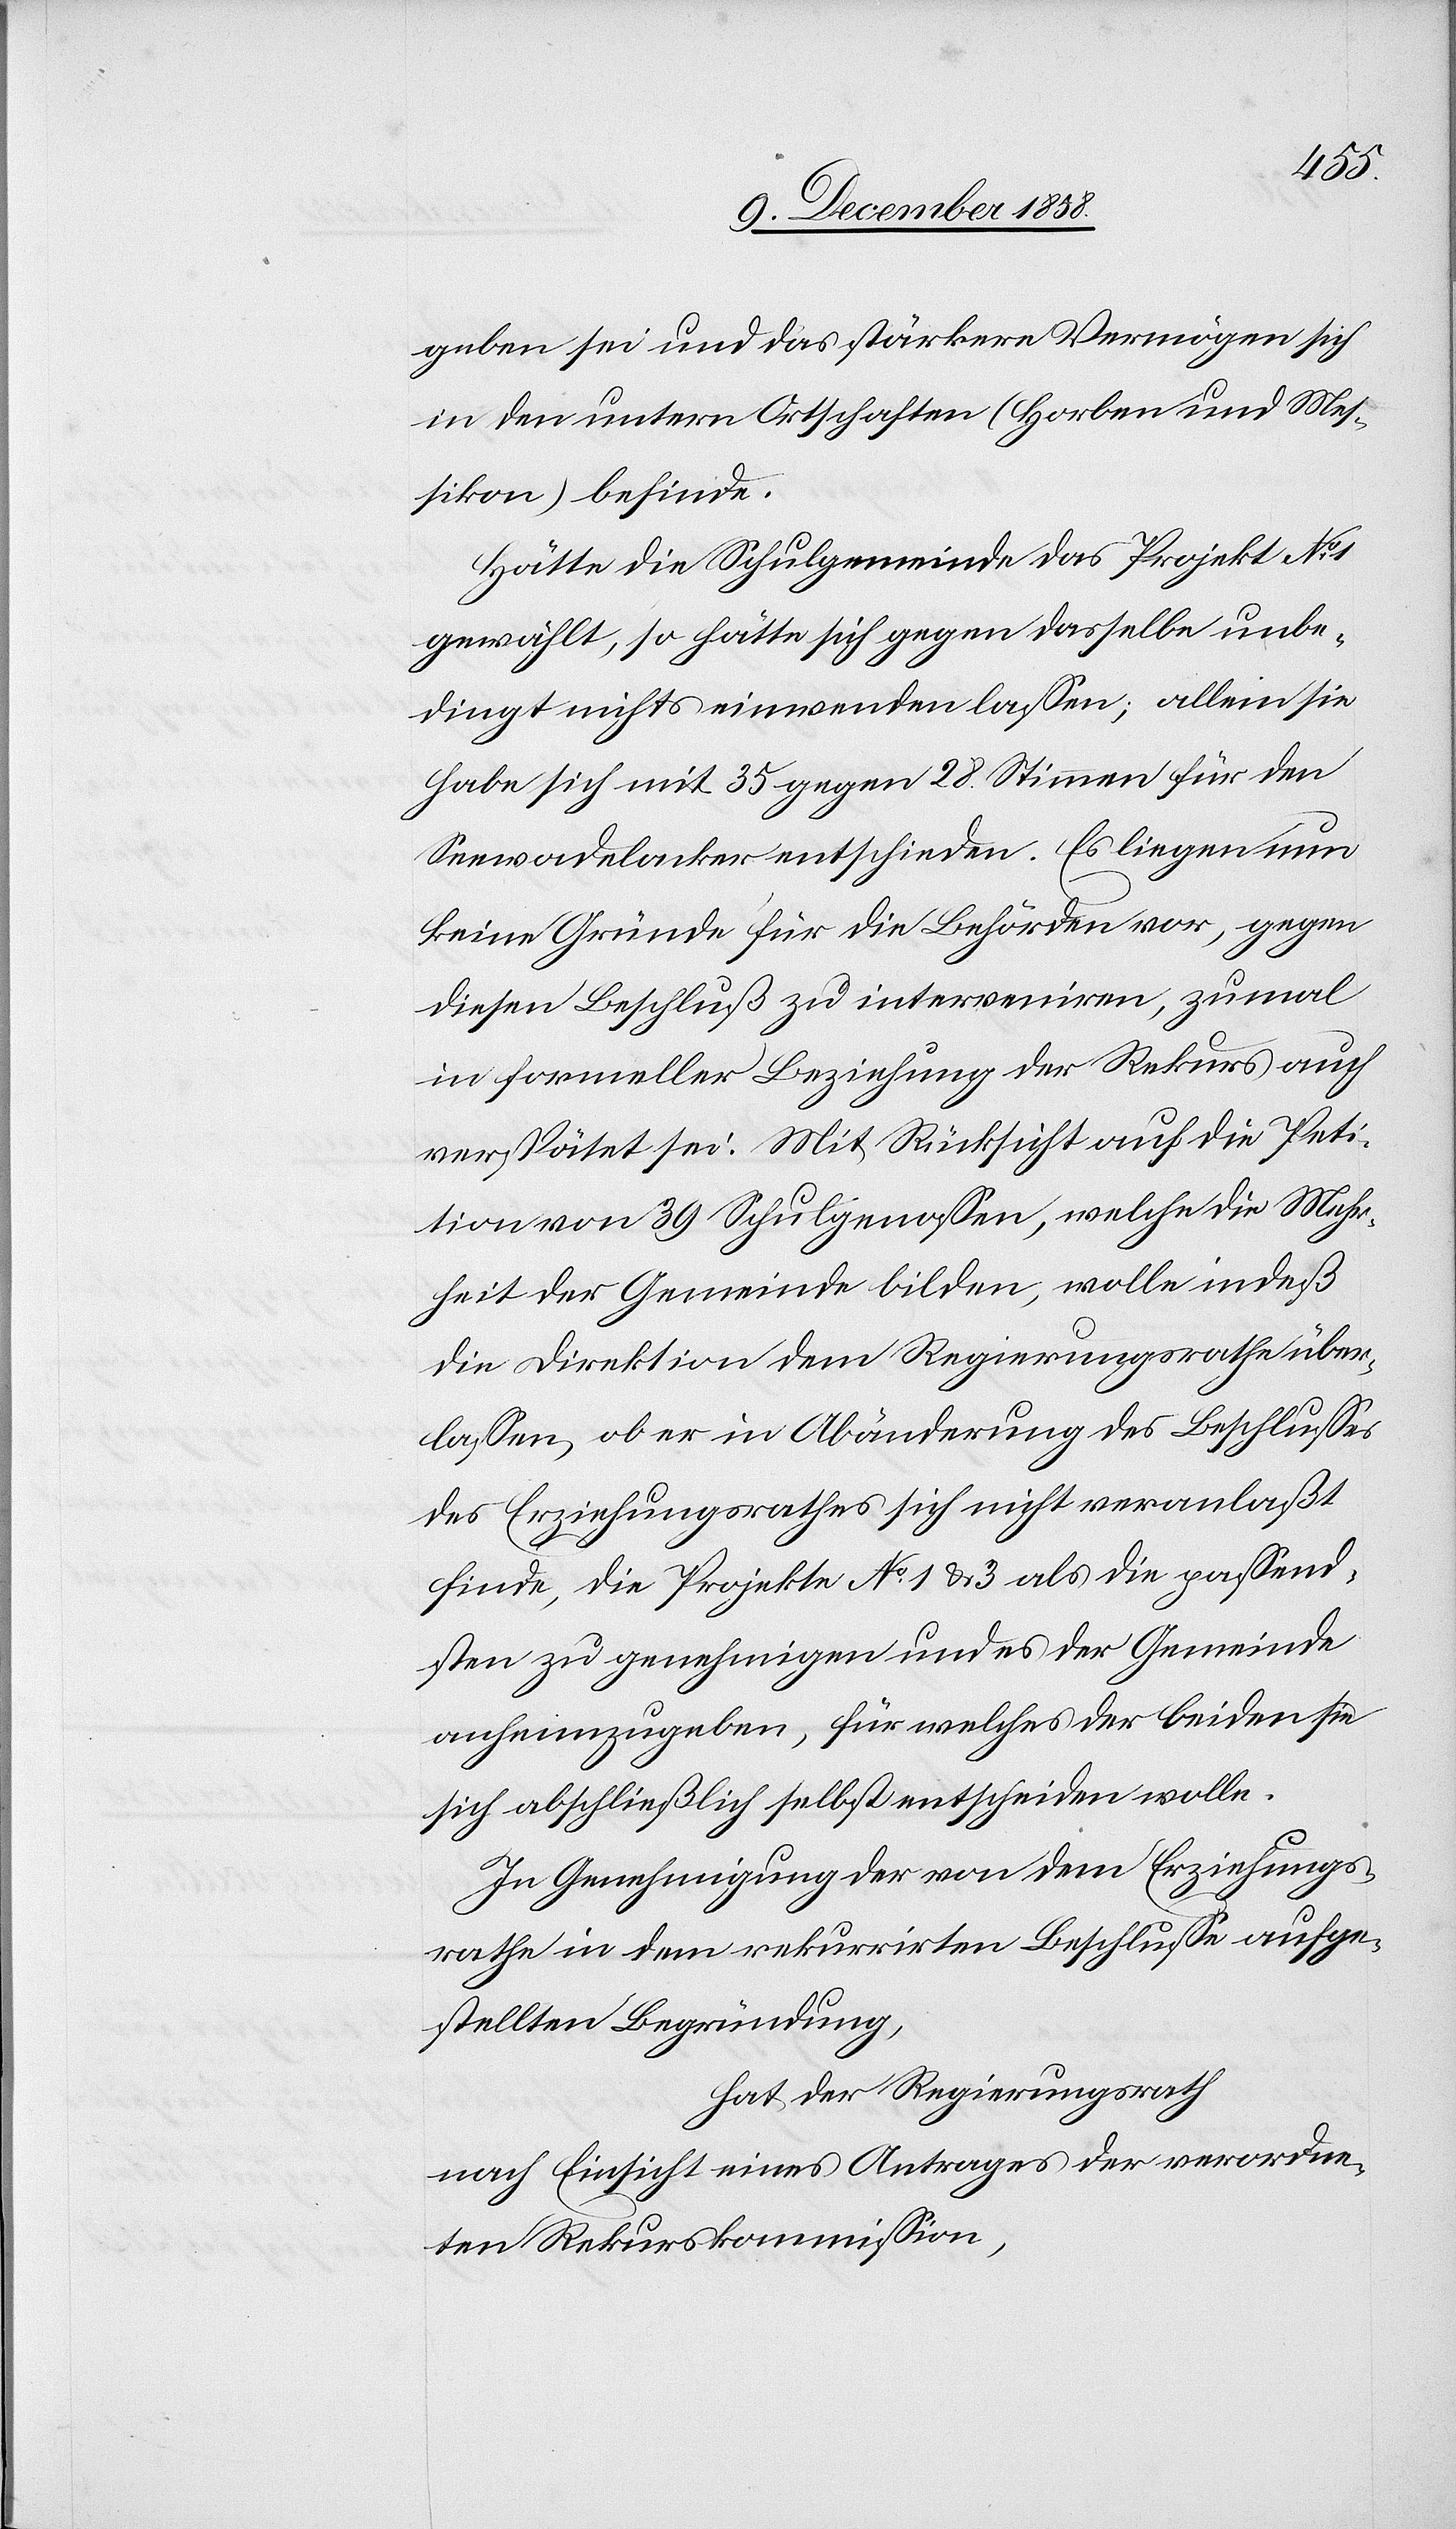
geben sei und das stärkere Vermögen sich
in den untern Ortschaften (Horben und Mes¬
sikon) befinde.
Hätte die Schulgemeinde das Projekt No 1
gewählt, so hätte sich gegen dasselbe unbe¬
dingt nichts einwenden lassen; allein sie
habe sich mit 35 gegen 28. Stimmen für den
Seewadelacker entschieden. Es liegen nun
keine Gründe für die Behörden vor, gegen
diesen Beschluß zu interveniren, zumal
in formeller Beziehung der Rekurs auch
verspätet sei. Mit Rücksicht auf die Peti¬
tion von 39 Schulgenossen, welche die Mehr¬
heit der Gemeinde bilden, wolle indeß
die Direktion dem Regierungsrathe über¬
lassen, ob er in Abänderung des Beschlusses
des Erziehungsrathes sich nicht veranlaßt
finde, die Projekte No 1 & 3 als die passend¬
sten zu genehmigen und es der Gemeinde
anheimzugeben, für welches der beiden sie
sich abschließlich selbst entscheiden wolle.
In Genehmigung der von dem Erziehungs¬
rathe in dem rekurrirten Beschlusse aufge¬
stellten Begründung,
hat der Regierungsrath
nach Einsicht eines Antrages der verordne¬
ten Rekurskommission,